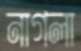
নাগলা